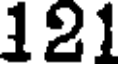
121